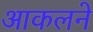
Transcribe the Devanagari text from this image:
आकलने